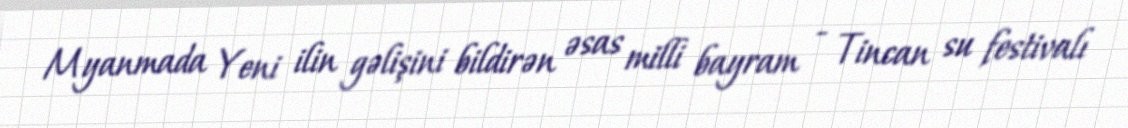
Myanmada Yeni ilin gəlişini bildirən əsas milli bayram - Tincan su festivalı